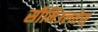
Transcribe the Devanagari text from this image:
सीमिउलतेस्